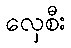
လှေစီး